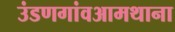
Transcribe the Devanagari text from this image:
उंडणगांवआमथाना